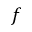
f